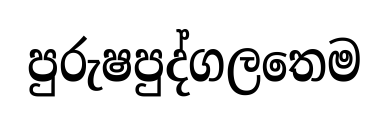
පුරුෂපුද්ගලතෙම